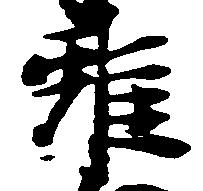
雖